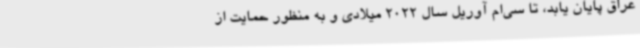
عراق پایان یابد، تا سی‌ام آوریل سال 2022 میلادی و به منظور حمایت از